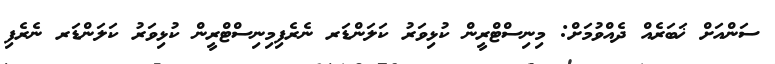
ސަންއަށް ޚަބަރެއް ދެއްވުމަށް: މިނިސްޓްރީން ކުޅިވަރު ކަލަންޑަރ ނެރެފިމިނިސްޓްރީން ކުޅިވަރު ކަލަންޑަރ ނެރެފި